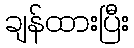
ချန်ထားပြီး